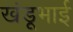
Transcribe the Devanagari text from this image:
खंडूभाई